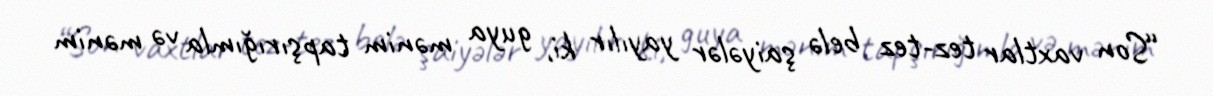
“Son vaxtlar tez-tez belə şaiyələr yayılır ki, guya mənim tapşırığımla və mənim